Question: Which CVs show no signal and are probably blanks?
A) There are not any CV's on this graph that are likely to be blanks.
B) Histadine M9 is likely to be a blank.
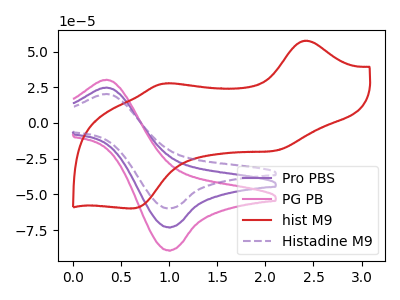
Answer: <think>The purple curve "Pro PBS" has an anodic peak at (0.35V, 24.75uA) and a cathodic peak at (1.00V, -73.00uA). The pink curve "PG PB" has an anodic peak at (0.35V, 49.50uA) and a cathodic peak at (1.00V, -146.00uA). The red curve "hist M9" has anodic peaks at (2.40V, 57.60uA) (0.95V, 27.55uA) and cathodic peaks at (2.10V, -19.35uA) (0.65V, -59.80uA). The purple dashed curve "Histadine M9" has an anodic peak at (0.35V, 20.25uA) and a cathodic peak at (1.00V, -59.75uA).</think>
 <answer>A) There are not any CV's on this graph that are likely to be blanks.</answer>
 <eval>A</eval>